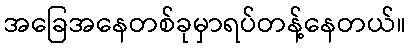
အခြေအနေတစ်ခုမှာရပ်တန့်နေတယ်။